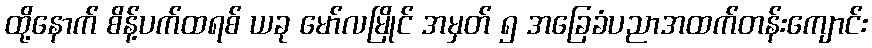
ထို့နောက် စိန့်ပက်ထရစ် ယခု မော်လမြိုင် အမှတ် ၅ အခြေခံပညာအထက်တန်းကျောင်း